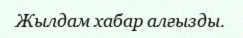
Жылдам хабар алғызды.